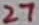
Text: 27